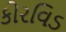
કોરવિડ